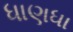
ધાણધા